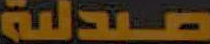
صيدلية